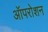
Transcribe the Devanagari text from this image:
ऑपरोशन